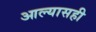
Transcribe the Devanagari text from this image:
आल्यासही